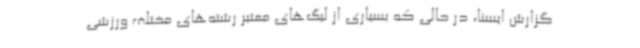
گزارش ایسنا، در حالی که بسیاری از لیگ‌های معتبر رشته‌های مختلف ورزشی